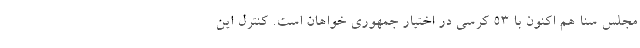
مجلس سنا هم اکنون با 53 کرسی در اختیار جمهوری خواهان است. کنترل این